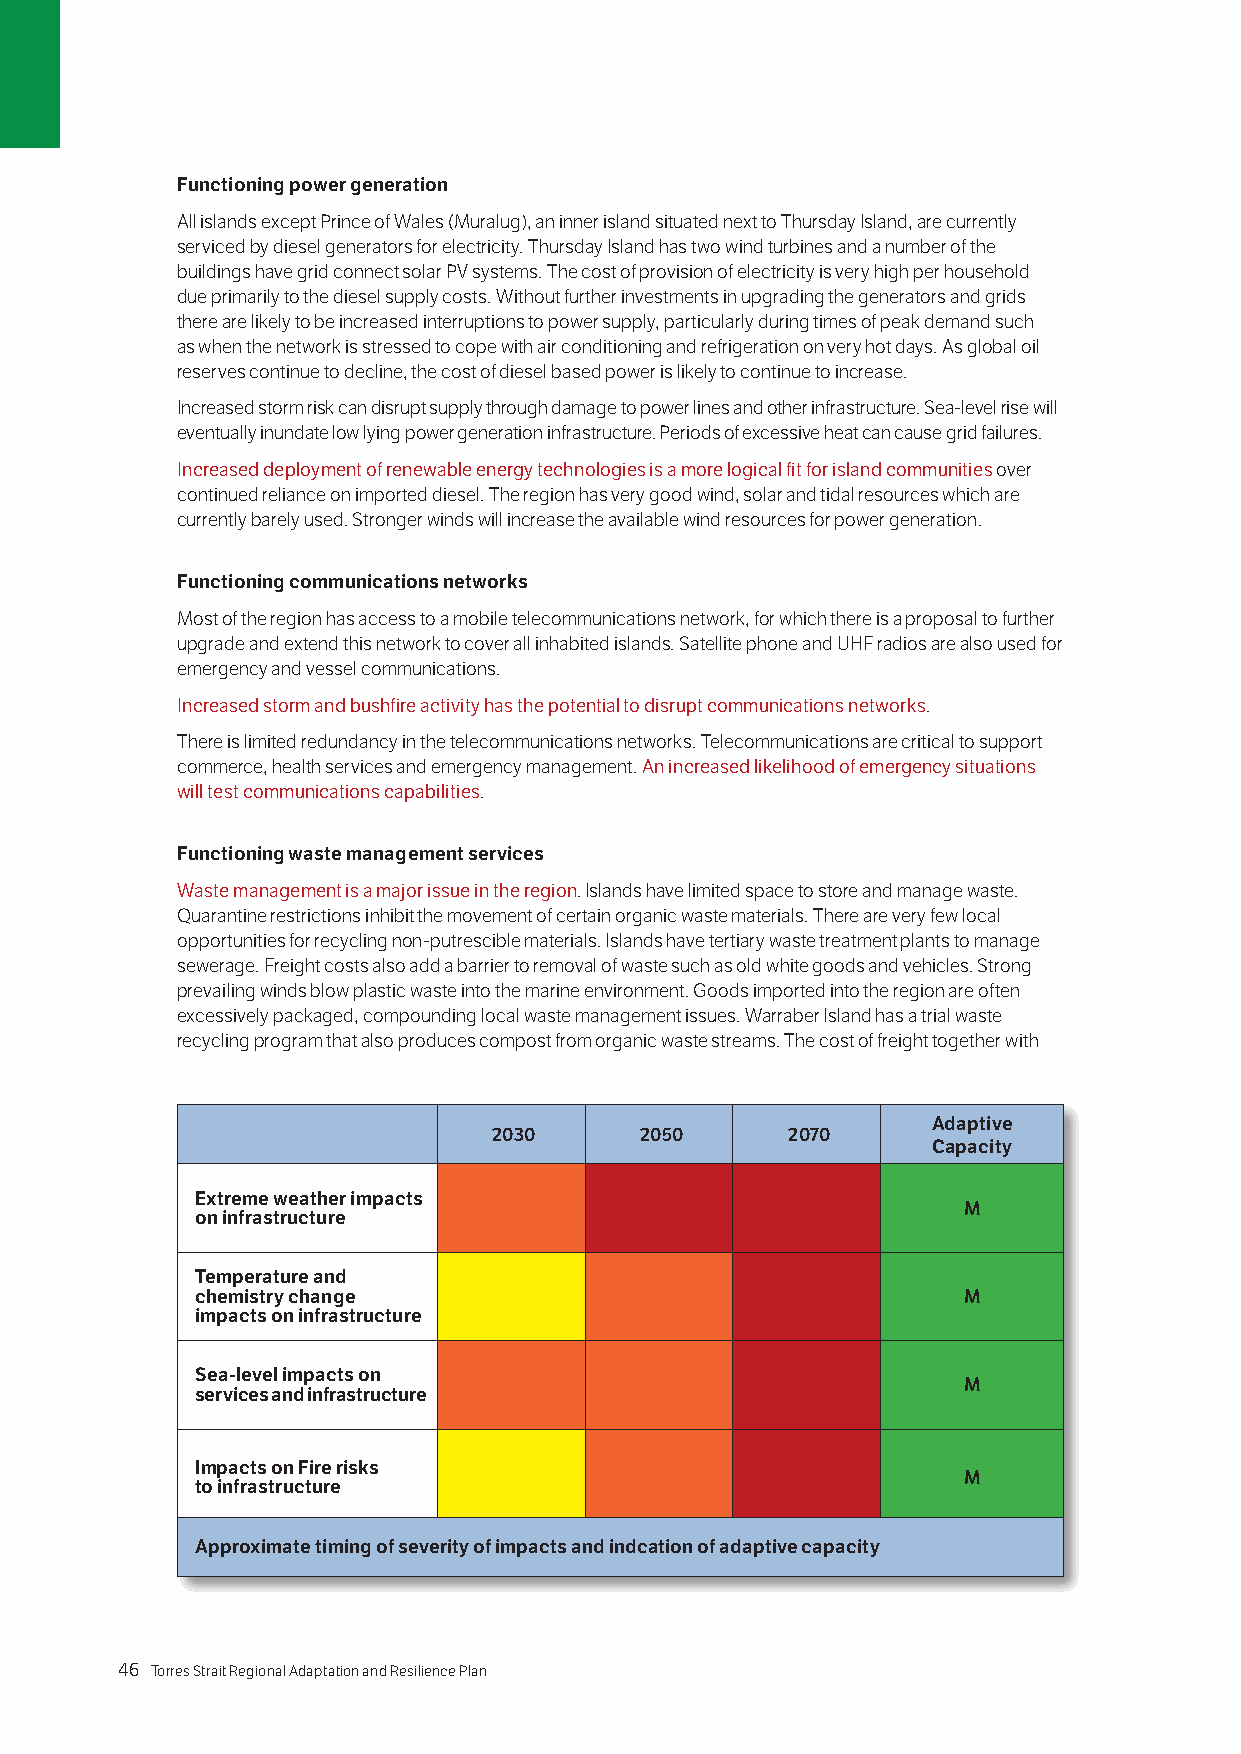
Functioning power generation
 All islands except Prince of Wales (Muralug), an inner island situated next to Thursday Island, are currently
 serviced by diesel generators for electricity. Thursday Island has two wind turbines and a number of the
 buildings have grid connect solar PV systems. The cost of provision of electricity is very high per household
 due primarily to the diesel supply costs. Without further investments in upgrading the generators and grids
 there are likely to be increased interruptions to power supply, particularly during times of peak demand such
 as when the network is stressed to cope with air conditioning and refrigeration on very hot days. As global oil
 reserves continue to decline, the cost of diesel based power is likely to continue to increase.
 Increased storm risk can disrupt supply through damage to power lines and other infrastructure. Sea-level rise will
 eventually inundate low lying power generation infrastructure. Periods of excessive heat can cause grid failures.
 Increased deployment of renewable energy technologies is a more logical fit for island communities over
 continued reliance on imported diesel. The region has very good wind, solar and tidal resources which are
 currently barely used. Stronger winds will increase the available wind resources for power generation.
 Functioning communications networks
 Most of the region has access to a mobile telecommunications network, for which there is a proposal to further
 upgrade and extend this network to cover all inhabited islands. Satellite phone and UHF radios are also used for
 emergency and vessel communications.
 Increased storm and bushfire activity has the potential to disrupt communications networks.
 There is limited redundancy in the telecommunications networks. Telecommunications are critical to support
 commerce, health services and emergency management. An increased likelihood of emergency situations
 will test communications capabilities.
 Functioning waste management services
 Waste management is a major issue in the region. Islands have limited space to store and manage waste.
 Quarantine restrictions inhibit the movement of certain organic waste materials. There are very few local
 opportunities for recycling non-putrescible materials. Islands have tertiary waste treatment plants to manage
 sewerage. Freight costs also add a barrier to removal of waste such as old white goods and vehicles. Strong
 prevailing winds blow plastic waste into the marine environment. Goods imported into the region are often
 excessively packaged, compounding local waste management issues. Warraber Island has a trial waste
 recycling program that also produces compost from organic waste streams. The cost of freight together with
 Adaptive
 2030     2050      2070
 Capacity
 Extreme weather impacts
 M
 on infrastructure
 Temperature and
 chemistry change                                   M
 impacts on infrastructure
 Sea-level impacts on
 M
 services and infrastructure
 Impacts on Fire risks
 M
 to infrastructure
 Approximate timing of severity of impacts and indcation of adaptive capacity
 46 Torres Strait Regional Adaptation and Resilience Plan